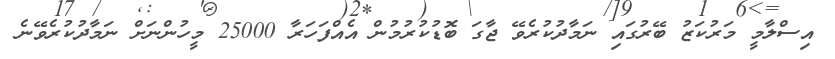
އިސްލާމީ މަރުކަޒު ބޭރުގައި ނަމާދުކުރެވޭ ޖާގަ ބޮޑުކުރުމުން އެއްފަހަރާ 25000 މީހުންނަށް ނަމާދުކުރެވޭނެ